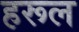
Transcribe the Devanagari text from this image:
हरूल